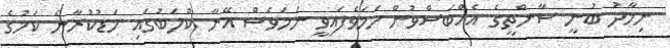
ނިމާދު ބުނީ ސާންތީގެ އެއްބަސްވުން ހަމަވެފައިވީ ނަމަވެސް އޭނާ ކްލަބުގައި މަޑުކުރާނެ ކަމުގެ